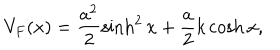
LaTeX: V _ { F } ( x ) = \frac { a ^ { 2 } } 2 \sinh ^ { 2 } x + \frac a 2 k \cosh x ,